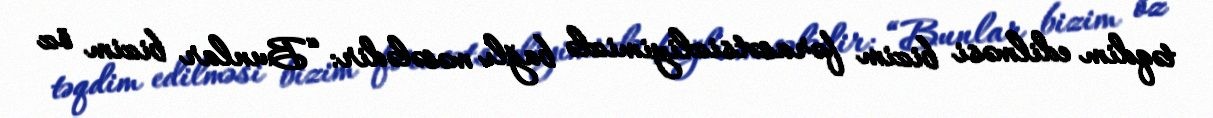
təqdim edilməsi bizim fərasətsizliyimizlə bağlı məsələdir: “Bunlar bizim öz